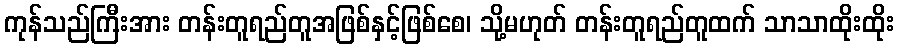
ကုန်သည်ကြီးအား တန်းတူရည်တူအဖြစ်နှင့်ဖြစ်စေ၊ သို့မဟုတ် တန်းတူရည်တူထက် သာသာထိုးထိုး